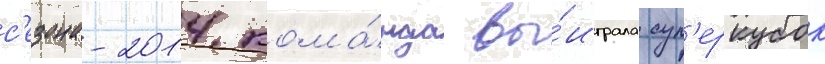
с'езона-2014 кома́нда вы́играла суп'еркубок